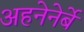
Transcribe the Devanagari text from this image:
अहनेनेर्बे